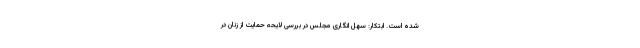
شده است. ابتکار:‌ سهل‌ انگاری مجلس در بررسی لایحه حمایت از زنان در